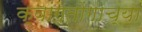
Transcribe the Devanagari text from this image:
क्वांगतोंगाच्या